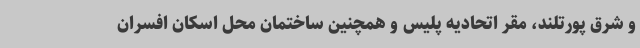
و شرق پورتلند، مقر اتحادیه پلیس و همچنین ساختمان محل اسکان افسران